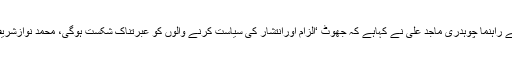
23 اپریل2018ء) پاکستان مسلم لیگ ن کے راہنما چوہدری ماجد علی نے کہاہے کہ جھوٹ ‘الزام اورانتشار کی سیاست کرنے والوں کو عبرتناک شکست ہوگی، محمد نوازشریف کو عوام کے دلوںسے نہیں نکالاجاسکتا۔